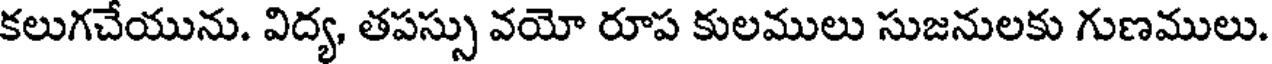
కలుగచేయును. విద్య, తపస్సు వయో రూప కులములు సుజనులకు గుణములు.